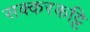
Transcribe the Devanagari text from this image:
सक्करकट्टि